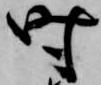
時